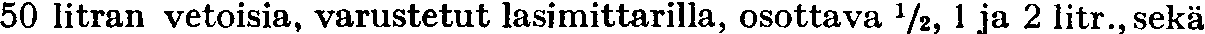
50 litran vetoisia, varustetut lasimittarilla, osottava ½, 1 ja 2 litr., sekä